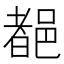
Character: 𨜞